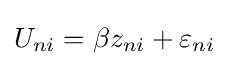
U_{ni}=\beta z_{ni}+\varepsilon _{ni}